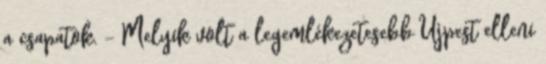
a csapatok. - Melyik volt a legemlékezetesebb Újpest elleni